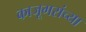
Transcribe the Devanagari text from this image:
काजूगरांच्या